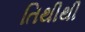
તિથીથી